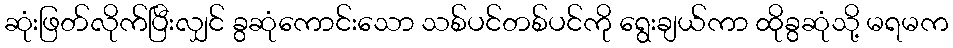
ဆုံးဖြတ်လိုက်ပြီးလျှင် ခွဆုံကောင်းသော သစ်ပင်တစ်ပင်ကို ရွေးချယ်ကာ ထိုခွဆုံသို့ မရမက